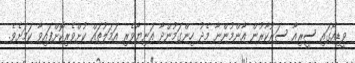
ވީޑިއޯގައި ސީރިއާ ސަރުކާރުން އާންމުންނާ މެދު ހިންގަމުންދާ އަނިޔާވެރި އަމަލުތައް ކުށްވެރިކޮށްފައިވާ ކަމަށެވެ.